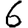
Digit: 6